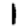
Digit: 1